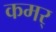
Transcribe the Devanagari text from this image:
कमर्